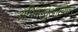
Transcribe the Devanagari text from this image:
अभिमन्युआख्यान